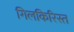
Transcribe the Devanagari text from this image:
गिलकिरिस्त